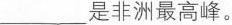
___是非洲最高峰。